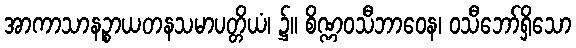
အာကာသာနဉ္စာယတနသမာပတ္တိယံ၊ ၌။ စိဏ္ဏဝသီဘာဝေန၊ ဝသီဘော်ရှိသော